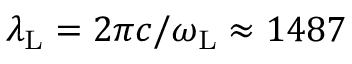
\lambda _ { \mathrm { L } } = 2 \pi c / \omega _ { \mathrm { L } } \approx 1 4 8 7